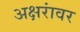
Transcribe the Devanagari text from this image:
अक्षरांवर